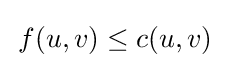
\,f(u,v)\leq c(u,v)